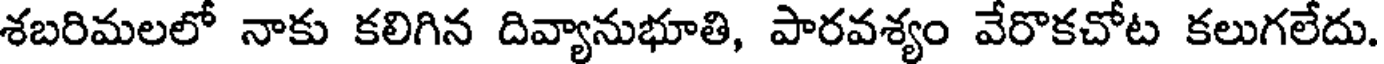
శబరిమలలో నాకు కలిగిన దివ్యానుభూతి, పారవశ్యం వేరొకచోట కలుగలేదు.